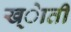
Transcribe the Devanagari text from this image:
ख्ेाती